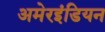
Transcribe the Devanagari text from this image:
अमेरइंडियन